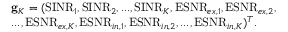
\begin{array} { r l } & { \mathbf { g } _ { K } = ( \mathrm { S I N R } _ { 1 } , \mathrm { S I N R } _ { 2 } , . . . , \mathrm { S I N R } _ { K } , \mathrm { E S N R } _ { e x , 1 } , \mathrm { E S N R } _ { e x , 2 } , } \\ & { . . . , \mathrm { E S N R } _ { e x , K } , \mathrm { E S N R } _ { i n , 1 } , \mathrm { E S N R } _ { i n , 2 } , . . . , \mathrm { E S N R } _ { i n , K } ) ^ { T } . } \end{array}